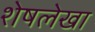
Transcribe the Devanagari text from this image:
शेषलेखा